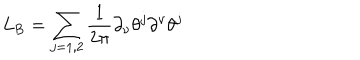
L _ { \mathrm { B } } = \sum _ { j = 1 , 2 } \frac { 1 } { 2 \pi } \partial _ { \nu } \theta ^ { j } \partial ^ { \nu } \theta ^ { j }